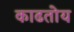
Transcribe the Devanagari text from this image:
काढतोय